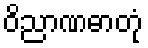
ဝိညာဏဓာတုံ